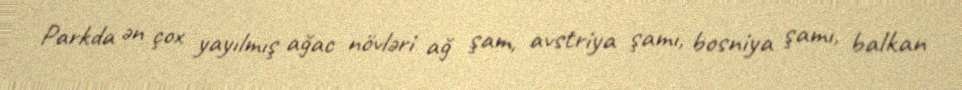
Parkda ən çox yayılmış ağac növləri ağ şam, avstriya şamı, bosniya şamı, balkan